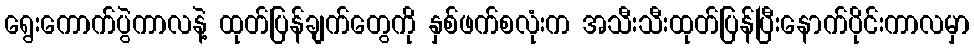
ရွေးကောက်ပွဲကာလနဲ့ ထုတ်ပြန်ချက်တွေကို နှစ်ဖက်စလုံးက အသီးသီးထုတ်ပြန်ပြီးနောက်ပိုင်းကာလမှာ